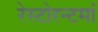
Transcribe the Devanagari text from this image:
रेस्‍टोरन्टमां